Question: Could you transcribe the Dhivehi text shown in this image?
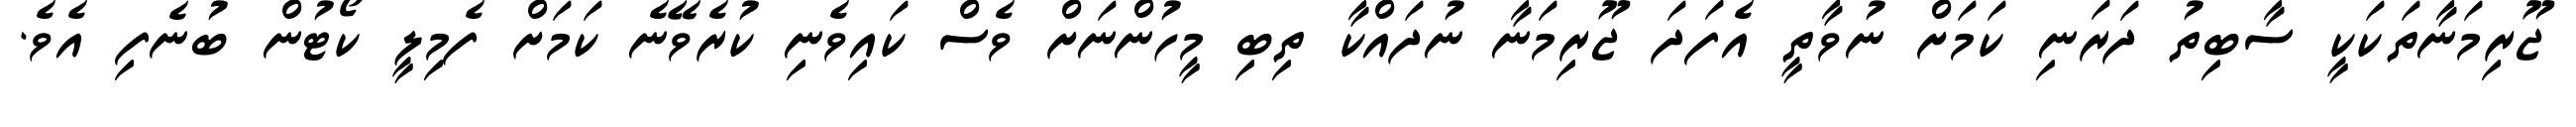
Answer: ޖޫރިމަނާތަކަކީ ސާބިތު ދަރަނި ކަމަށް ނުވާތީ އެފަދަ ޖޫރިމަނާ ނުދައްކާ ތިބި މީހުންނަށް ވެސް ކައިވެނި ކުރެވޭނެ ކަމަށް ފެމިލީ ކޯޓުން ބުނެފި އެވެ.